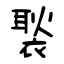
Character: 褧